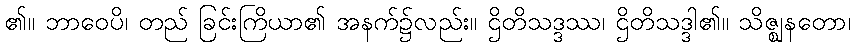
၏။ ဘာဝေပိ၊ တည် ခြင်းကြိယာ၏ အနက်၌လည်း။ ဌိတိသဒ္ဒဿ၊ ဌိတိသဒ္ဒါ၏။ သိဇ္ဈနတော၊